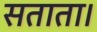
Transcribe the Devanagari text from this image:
सताता।